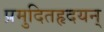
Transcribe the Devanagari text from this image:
प्रमुदितहृदयन्